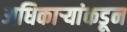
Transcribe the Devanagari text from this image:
अधिकार्‍यांकडून